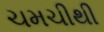
ચમચીથી